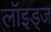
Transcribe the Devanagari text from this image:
लॉइड्ज